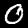
Label: 0